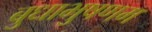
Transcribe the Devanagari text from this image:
बुधाभुषणम